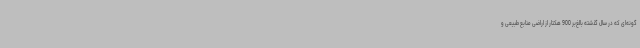
‌گونه‌ای که در سال گذشته بالغ‌بر 900 هکتار از اراضی منابع طبیعی و